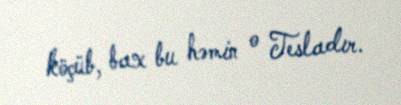
köçüb, bax bu həmin o Tesladır.